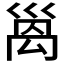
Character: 𫶩